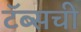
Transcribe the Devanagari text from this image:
टॅब्सची